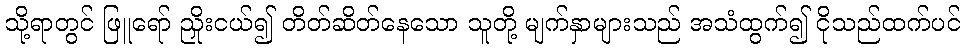
သို့ရာတွင် ဖြူရော် ညှိုးငယ်၍ တိတ်ဆိတ်နေသော သူတို့ မျက်နှာများသည် အသံထွက်၍ ငိုသည်ထက်ပင်